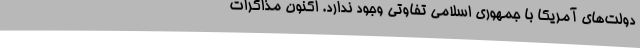
دولت‌های آمریکا با جمهوری اسلامی تفاوتی وجود ندارد. اکنون مذاکرات